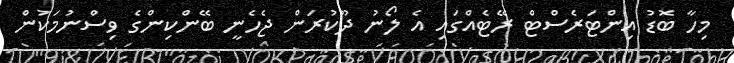
މިހާ ބޮޑު އިންޓަރެސްޓް ރޭޓެއްގައި އެ ލޯނު ދޫކުރަން ޖެހެނީ ބޭންކިންގެ ވިސްނުމަކުން